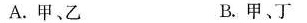
A.甲、乙 B.甲、丁